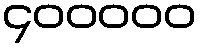
၄၀၀၀၀၀